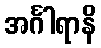
အင်္ဂါရာနိ